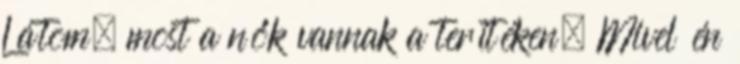
Látom, most a nők vannak a terítéken. Mivel én